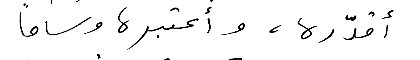
أقدّره، وأعتبره وساماً